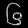
Digit: ၆